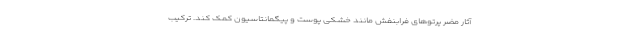
آثار مضر پرتوهای فرابنفش مانند خشکی پوست و پیگمانتاسیون کمک کند. ترکیب